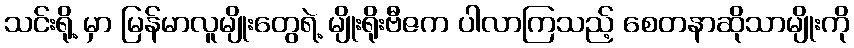
သင်းရို့ မှာ မြန်မာလူမျိုးတွေရဲ့ မျိုးရိုးဗီဇက ပါလာကြသည့် စေတနာဆိုသာမျိုးကို